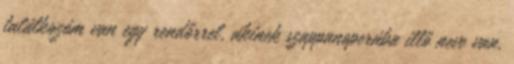
találkozóm van egy rendőrrel, akinek szappanoperába illő neve van,